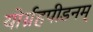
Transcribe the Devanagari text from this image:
योर्ग्रहपीडनम्